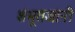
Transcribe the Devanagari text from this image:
शंभूराजांनी